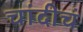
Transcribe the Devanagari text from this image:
चांदीचं